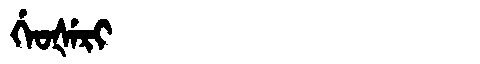
Manchu: ᡤᡝᠣᡧᡝᡵᡳ
Romanization: GEOŠERI